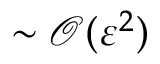
\sim \mathcal { O } ( \varepsilon ^ { 2 } )